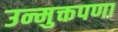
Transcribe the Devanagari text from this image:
उन्मुक्तपणा